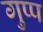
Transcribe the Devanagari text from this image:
गुप्प